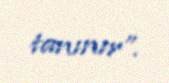
tanınır”.